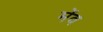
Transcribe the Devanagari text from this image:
मेंव